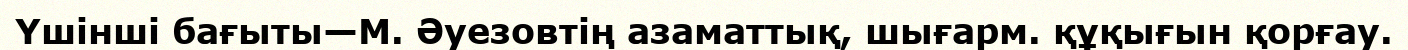
Үшінші бағыты—М. Әуезовтің азаматтық, шығарм. құқығын қорғау.